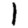
Digit: 1